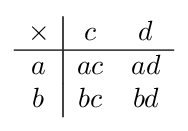
{\begin{array}{c|cc}\times &c&d\\\hline a&ac&ad\\b&bc&bd\end{array}}